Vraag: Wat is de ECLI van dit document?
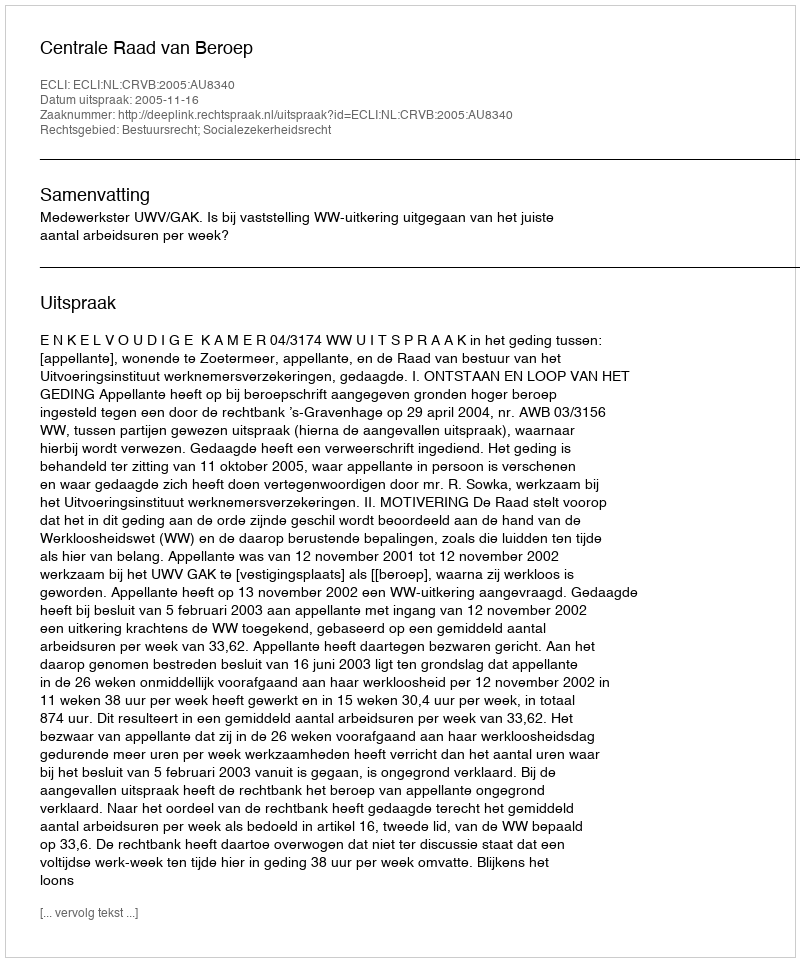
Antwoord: ECLI:NL:CRVB:2005:AU8340